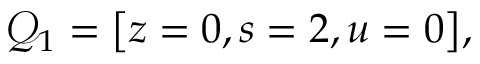
\mathcal { Q } _ { 1 } = \big [ z = 0 , s = 2 , u = 0 \big ] ,